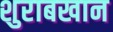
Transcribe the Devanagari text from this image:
शुराबखान